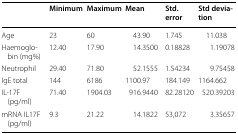
|  | Minimum | Maximum | Mean | Std. error | Std deviation |
 | --- | --- | --- | --- | --- | --- |
 | Age | 23 | 60 | 43.90 | 1.745 | 11.038 |
 | Haemoglobin (mg%) | 12.40 | 17.90 | 14.3500 | 0.18828 | 1.19078 |
 | Neutrophil | 29.40 | 71.80 | 52.1555 | 1.54234 | 9.75458 |
 | IgE total | 144 | 6186 | 1100.97 | 184.149 | 1164.662 |
 | IL-17F (pg/ml) | 71.40 | 1904.03 | 916.9440 | 82.28120 | 520.39203 |
 | mRNA IL17F (pg/ml) | 9.3 | 21.22 | 14.1822 | 53,072 | 3.35657 |